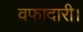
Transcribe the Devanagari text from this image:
वफादारी।